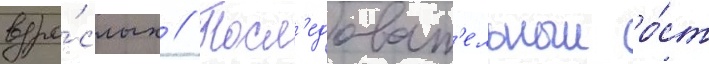
взро́слых // Посл'едоват'ельныи ро́ст